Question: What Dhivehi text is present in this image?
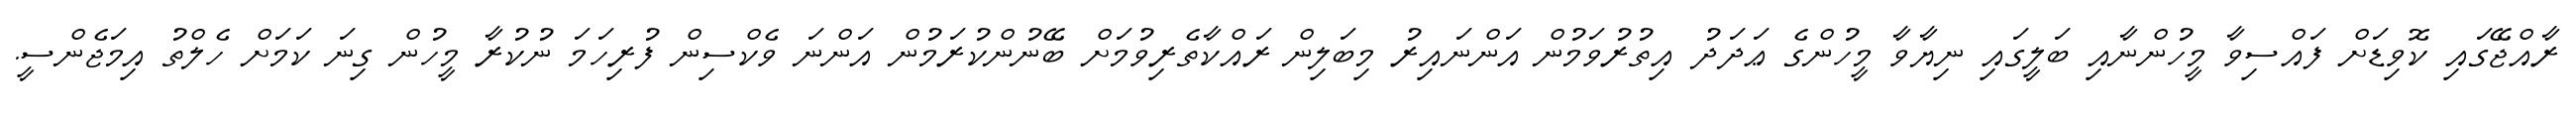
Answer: ރާއްޖޭގައި ކޮވިޑަށް ފައްސިވާ މީހުންނާއި ބަލީގައި ނިޔާވާ މީހުންގެ ޢަދަދު އިތުރުވަމުން އަންނައިރު މިބަލިން ރައްކާތެރިވުމަށް ބޭނުންކުރަމުން އަންނަ ވެކްސިން ފުރިހަމަ ނުކުރާ މީހުން ގިނަ ކަމަށް ހެލްތު އިމަޖެންސީ.